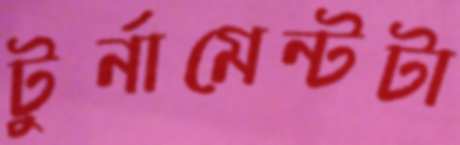
টুর্নামেন্টটা